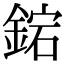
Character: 𨧩